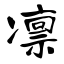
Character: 凛